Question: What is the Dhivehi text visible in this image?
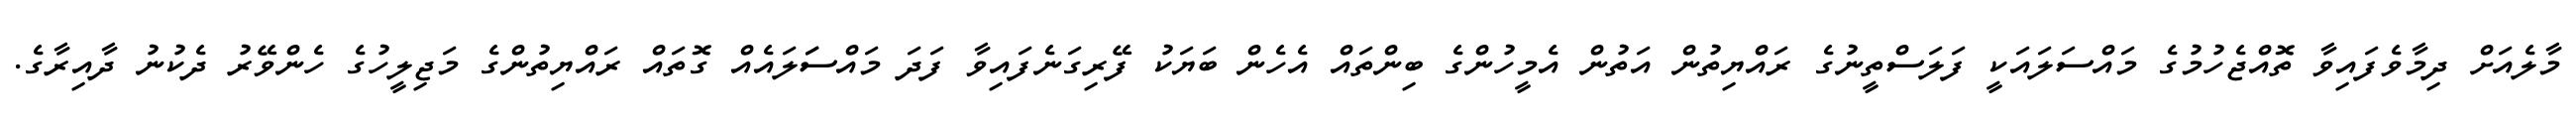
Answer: މާލެއަށް ދިމާވެފައިވާ ތޮއްޖެހުމުގެ މައްސަލައަކީ ފަލަސްތީނުގެ ރައްޔިތުން އަތުން އެމީހުންގެ ބިންތައް އެހެން ބަޔަކު ފޭރިގަނެފައިވާ ފަދަ މައްސަަލައެއް ގޮތައް ރައްޔިތުންގެ މަޖިލީހުގެ ހެންވޭރު ދެކުނު ދާއިރާގެ.